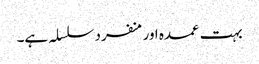
بہت عمدہ اورمنفرد سلسلہ ہے۔